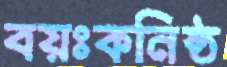
বয়ঃকনিষ্ঠ